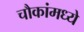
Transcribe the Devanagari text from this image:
चौकांमध्ये